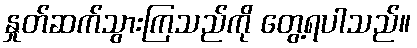
နှုတ်ဆက်သွားကြသည်ကို တွေ့ရပါသည်။